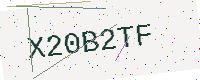
Text: X20B2TF